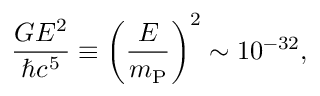
\frac { G E ^ { 2 } } { \hbar c ^ { 5 } } \equiv \left( \frac { E } { m _ { \mathrm { P } } } \right) ^ { 2 } \sim 1 0 ^ { - 3 2 } ,